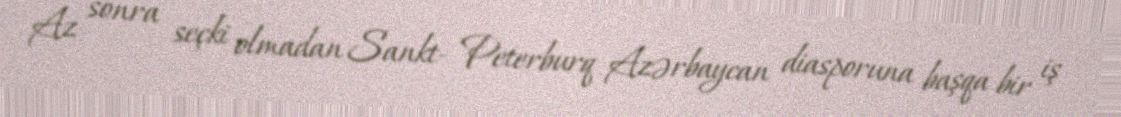
Az sonra seçki olmadan Sankt- Peterburq Azərbaycan diasporuna başqa bir iş